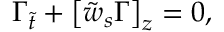
\Gamma _ { \tilde { t } } + \left[ \tilde { w } _ { s } \Gamma \right] _ { z } = 0 ,